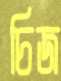
চিজ